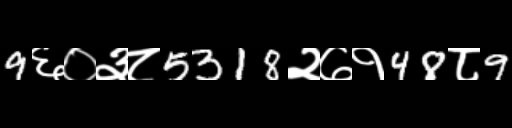
Text: 9६०३८5318२७१48८9